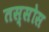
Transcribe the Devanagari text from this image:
तस्सोस